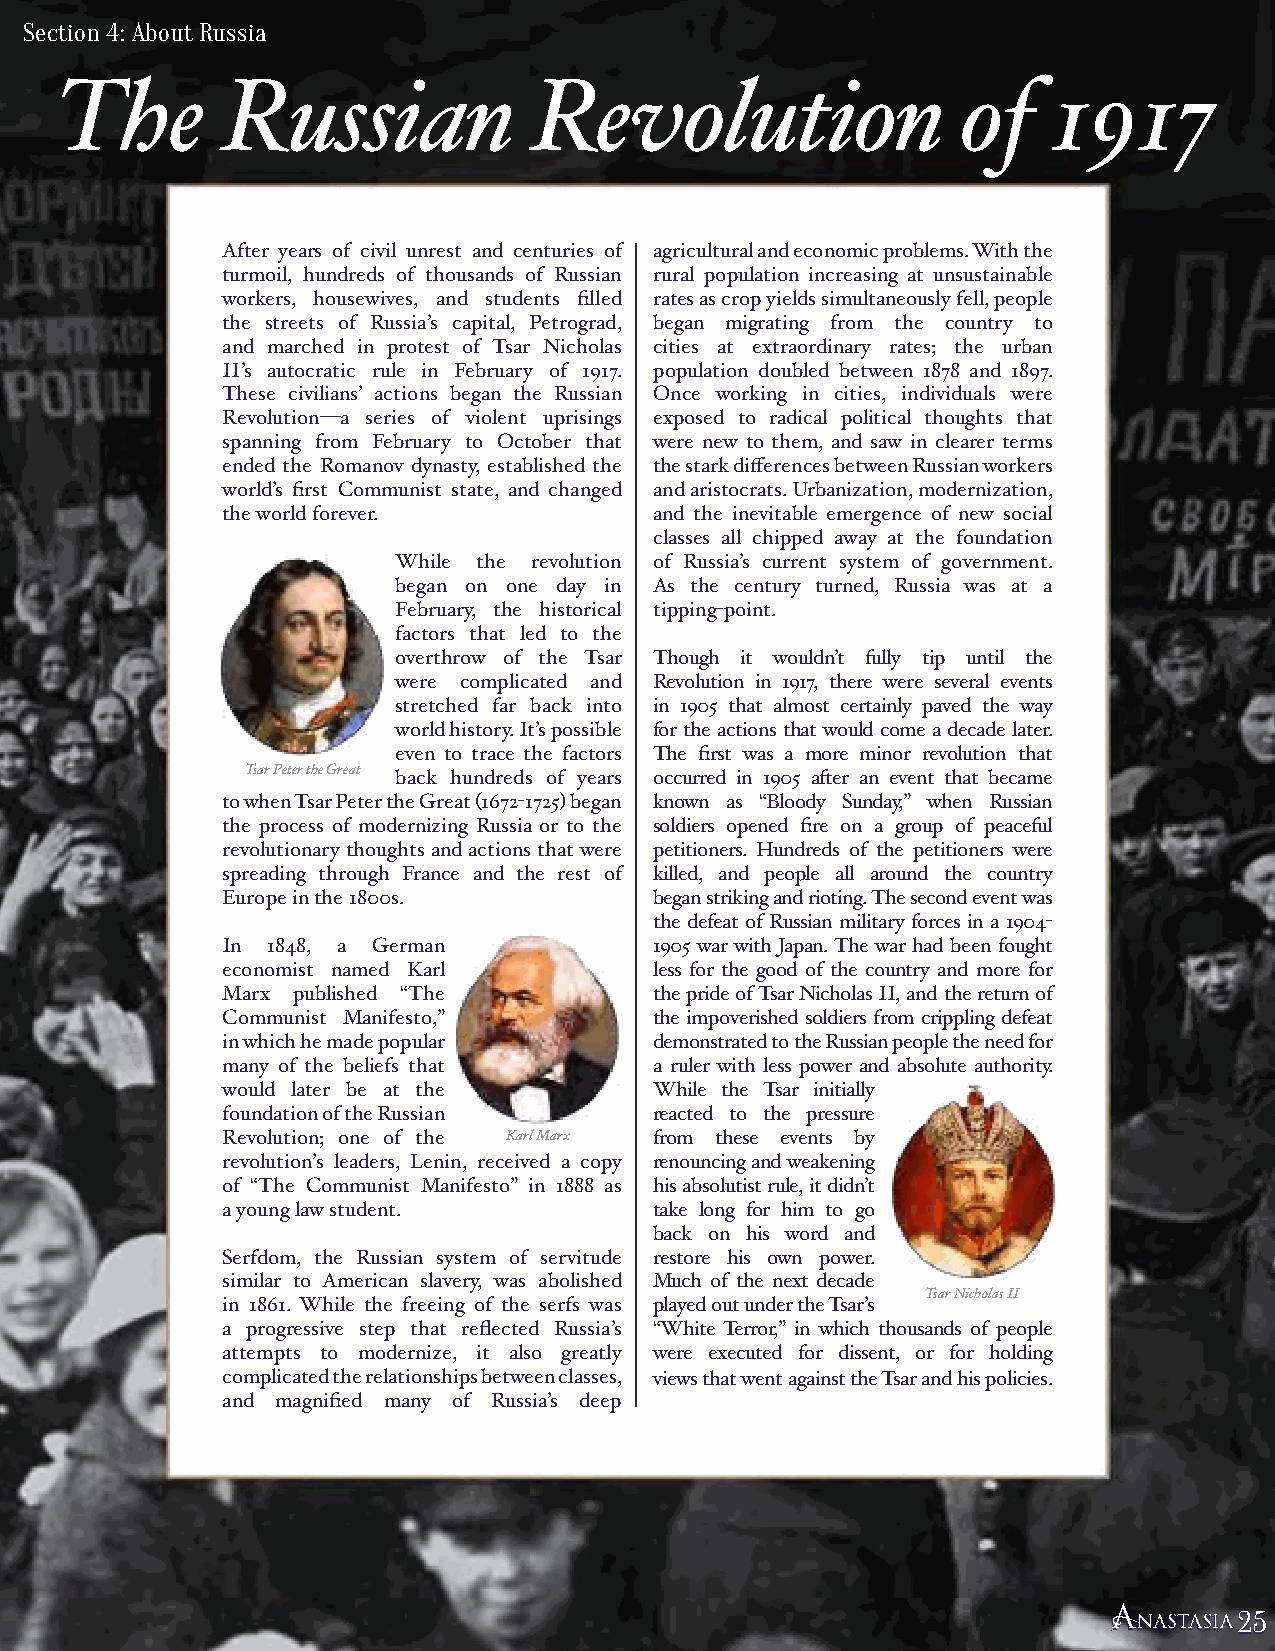
Section 4: About Russia
 The        Russian             Revolution                   of    1917
 After years of civil unrest and centuries of agricultural and economic problems. With the
 turmoil, hundreds of thousands of Russian rural population increasing at unsustainable
 workers, housewives, and students filled rates as crop yields simultaneously fell, people
 the streets of Russia’s capital, Petrograd, began migrating from the country to
 and marched in protest of Tsar Nicholas cities at extraordinary rates; the urban
 II’s autocratic rule in February of 1917. population doubled between 1878 and 1897.
 These civilians’ actions began the Russian Once working in cities, individuals were
 Revolution—a series of violent uprisings exposed to radical political thoughts that
 spanning from February to October that were new to them, and saw in clearer terms
 ended the Romanov dynasty, established the the stark differences between Russian workers
 world’s first Communist state, and changed and aristocrats. Urbanization, modernization,
 the world forever.          and the inevitable emergence of new social
 classes all chipped away at the foundation
 While the revolution of Russia’s current system of government.
 began on one day in As the century turned, Russia was at a
 February, the historical tipping-point.
 factors that led to the
 overthrow of the Tsar Though it wouldn’t fully tip until the
 were complicated and Revolution in 1917, there were several events
 stretched far back into in 1905 that almost certainly paved the way
 world history. It’s possible for the actions that would come a decade later.
 even to trace the factors The first was a more minor revolution that
 Tsar Peter the Great
 back hundreds of years occurred in 1905 after an event that became
 to when Tsar Peter the Great (1672-1725) began known as “Bloody Sunday,” when Russian
 the process of modernizing Russia or to the soldiers opened fire on a group of peaceful
 revolutionary thoughts and actions that were petitioners. Hundreds of the petitioners were
 spreading through France and the rest of killed, and people all around the country
 Europe in the 1800s.        began striking and rioting. The second event was
 the defeat of Russian military forces in a 1904-
 In 1848, a German           1905 war with Japan. The war had been fought
 economist named Karl        less for the good of the country and more for
 Marx published “The         the pride of Tsar Nicholas II, and the return of
 Communist Manifesto,”       the impoverished soldiers from crippling defeat
 in which he made popular    demonstrated to the Russian people the need for
 many of the beliefs that    a ruler with less power and absolute authority.
 would later be at the       While the Tsar initially
 foundation of the Russian   reacted to the pressure
 Revolution; one of the Karl Marx from these events by
 revolution’s leaders, Lenin, received a copy renouncing and weakening
 of “The Communist Manifesto” in 1888 as his absolutist rule, it didn’t
 a young law student.        take long for him to go
 back on his word and
 Serfdom, the Russian system of servitude restore his own power.
 similar to American slavery, was abolished Much of the next decade
 Tsar Nicholas II
 in 1861. While the freeing of the serfs was played out under the Tsar’s
 a progressive step that reflected Russia’s “White Terror,” in which thousands of people
 attempts to modernize, it also greatly were executed for dissent, or for holding
 complicated the relationships between classes, views that went against the Tsar and his policies.
 and magnified many of Russia’s deep
 222555